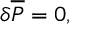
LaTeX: \delta { \overline { { { \cal P } } } } = 0 ,